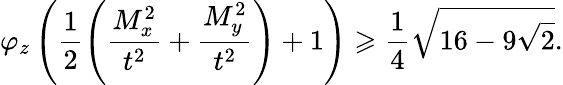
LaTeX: \varphi_{z}\left(\frac{1}{2}\left(\frac{M_{x}^{2}}{t^{2}}+\frac{M_{y}^{2}}{t^{2}}\right)+1\right)\geqslant\frac{1}{4}\sqrt{16-9\sqrt{2}}.